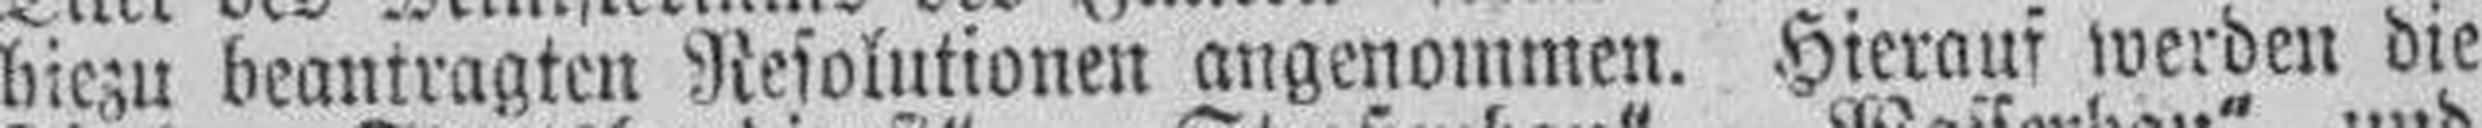
hiezu beantragten Resolutionen angenommen. Hierauf werden die